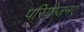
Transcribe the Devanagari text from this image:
परियोजनए